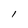
Character: l